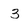
Character: 3